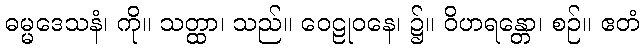
ဓမ္မဒေသနံ၊ ကို။ သတ္ထာ၊ သည်။ ဝေဠုဝနေ၊ ၌။ ဝိဟရန္တော၊ စဉ်။ ဧတံ